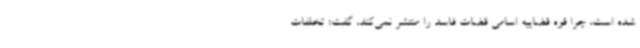
شده است، چرا قوه قضاییه اسامی قضات فاسد را منتشر نمی‌کند، گفت: تخلفات